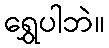
ရွှေပါဘဲ။